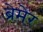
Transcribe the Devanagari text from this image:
ब्रेमेर